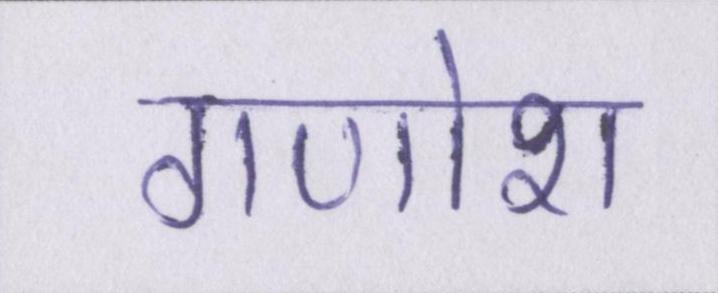
गणोश